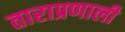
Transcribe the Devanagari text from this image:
ताराप्रणाली